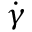
\dot { \gamma }